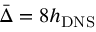
\bar { \Delta } = 8 h _ { \mathrm { D N S } }